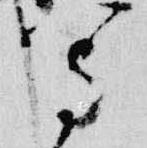
写